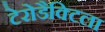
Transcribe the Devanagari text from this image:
टेरोडैक्टिला